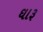
ઘારૂ